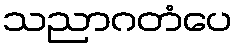
သညာဂတံပေ